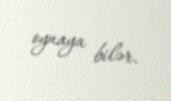
oynaya bilər.